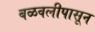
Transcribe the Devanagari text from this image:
बळवलीपासून